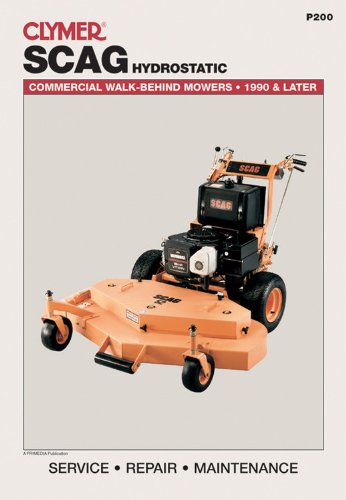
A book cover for Scag Hydrostatic: Commercial Walk-Behind Mowers, 1990 & Later (Lawn Mower); Penton Staff; Crafts, Hobbies & Home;